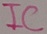
Text: IC